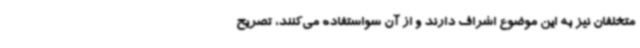
متخلفان نیز به این موضوع اشراف دارند و از آن سواستفاده می‌کنند، تصریح